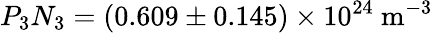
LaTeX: P_{3}N_{3}=(0.609\pm 0.145)\times 10^{24}~\mathrm{m^{-3}}